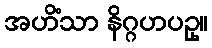
အဟိံသာ နိဂ္ဂဟပဥှ။